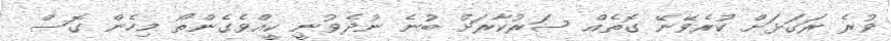
ވުރެ ރަގަޅަށް ކުރެވޭނޭ ގޮތެއް ސަރުކާރަށް ބުނެ ނުދެވުނީ ކީއްވެގެންތޯ މިހެން ގޮސް